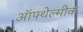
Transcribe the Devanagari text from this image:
ऑफ्थेल्मीक